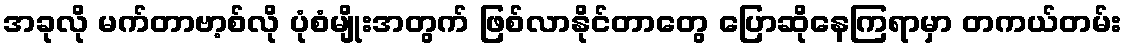
အခုလို မက်တာဗာ့စ်လို ပုံစံမျိုးအတွက် ဖြစ်လာနိုင်တာတွေ ပြောဆိုနေကြရာမှာ တကယ်တမ်း